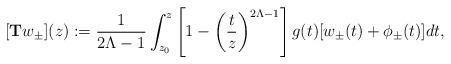
LaTeX: \begin{align*}[{\bf T}w_\pm](z):= {1\over 2\Lambda-1}\int_{z_0}^z\left[1-\left({t\over z}\right)^{2\Lambda-1}\right]g(t)[w_\pm(t)+\phi_\pm(t)]dt,\end{align*}